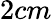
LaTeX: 2cm